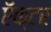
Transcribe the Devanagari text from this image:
ऍक्टर